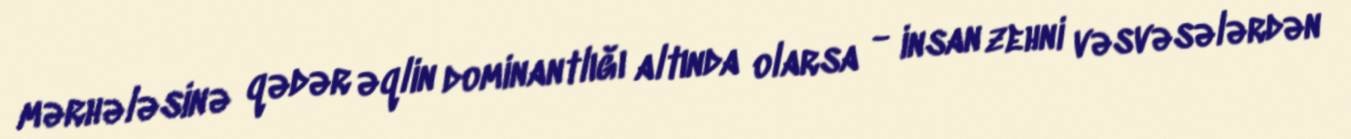
mərhələsinə qədər əqlin dominantlığı altında olarsa - insan zehni vəsvəsələrdən